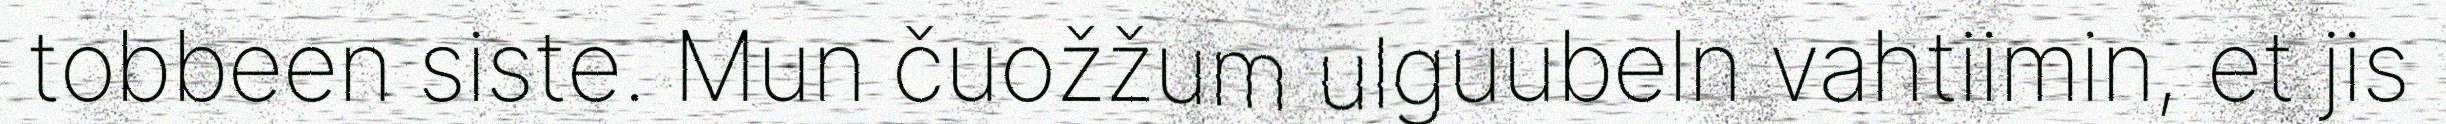
tobbeen siste. Mun čuožžum ulguubeln vahtiimin, et jis